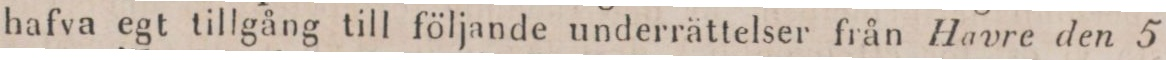
hafva egt tillgång till följande underrättelser från Havre den 5